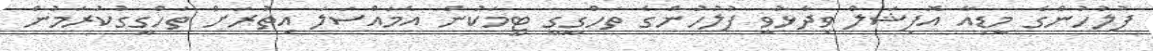
ފުލުހުންގެ މީޑިއާ އޮފިޝަލް ވިދާޅުވީ ފުލުހުންގެ ތަހްގީގީ ޓީމަކުން އެމައްސަލަ އިތުރަށް ތަހްގީގުކުރަމުން